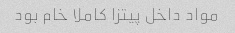
مواد داخل پیتزا کاملا خام بود